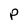
Character: P